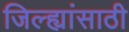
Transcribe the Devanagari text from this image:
जिल्ह्यांसाठी